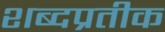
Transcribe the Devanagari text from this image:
शब्दप्रतीक